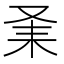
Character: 𠬽